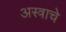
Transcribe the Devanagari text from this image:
अस्त्राचे